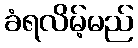
ခံရလိမ့်မည်